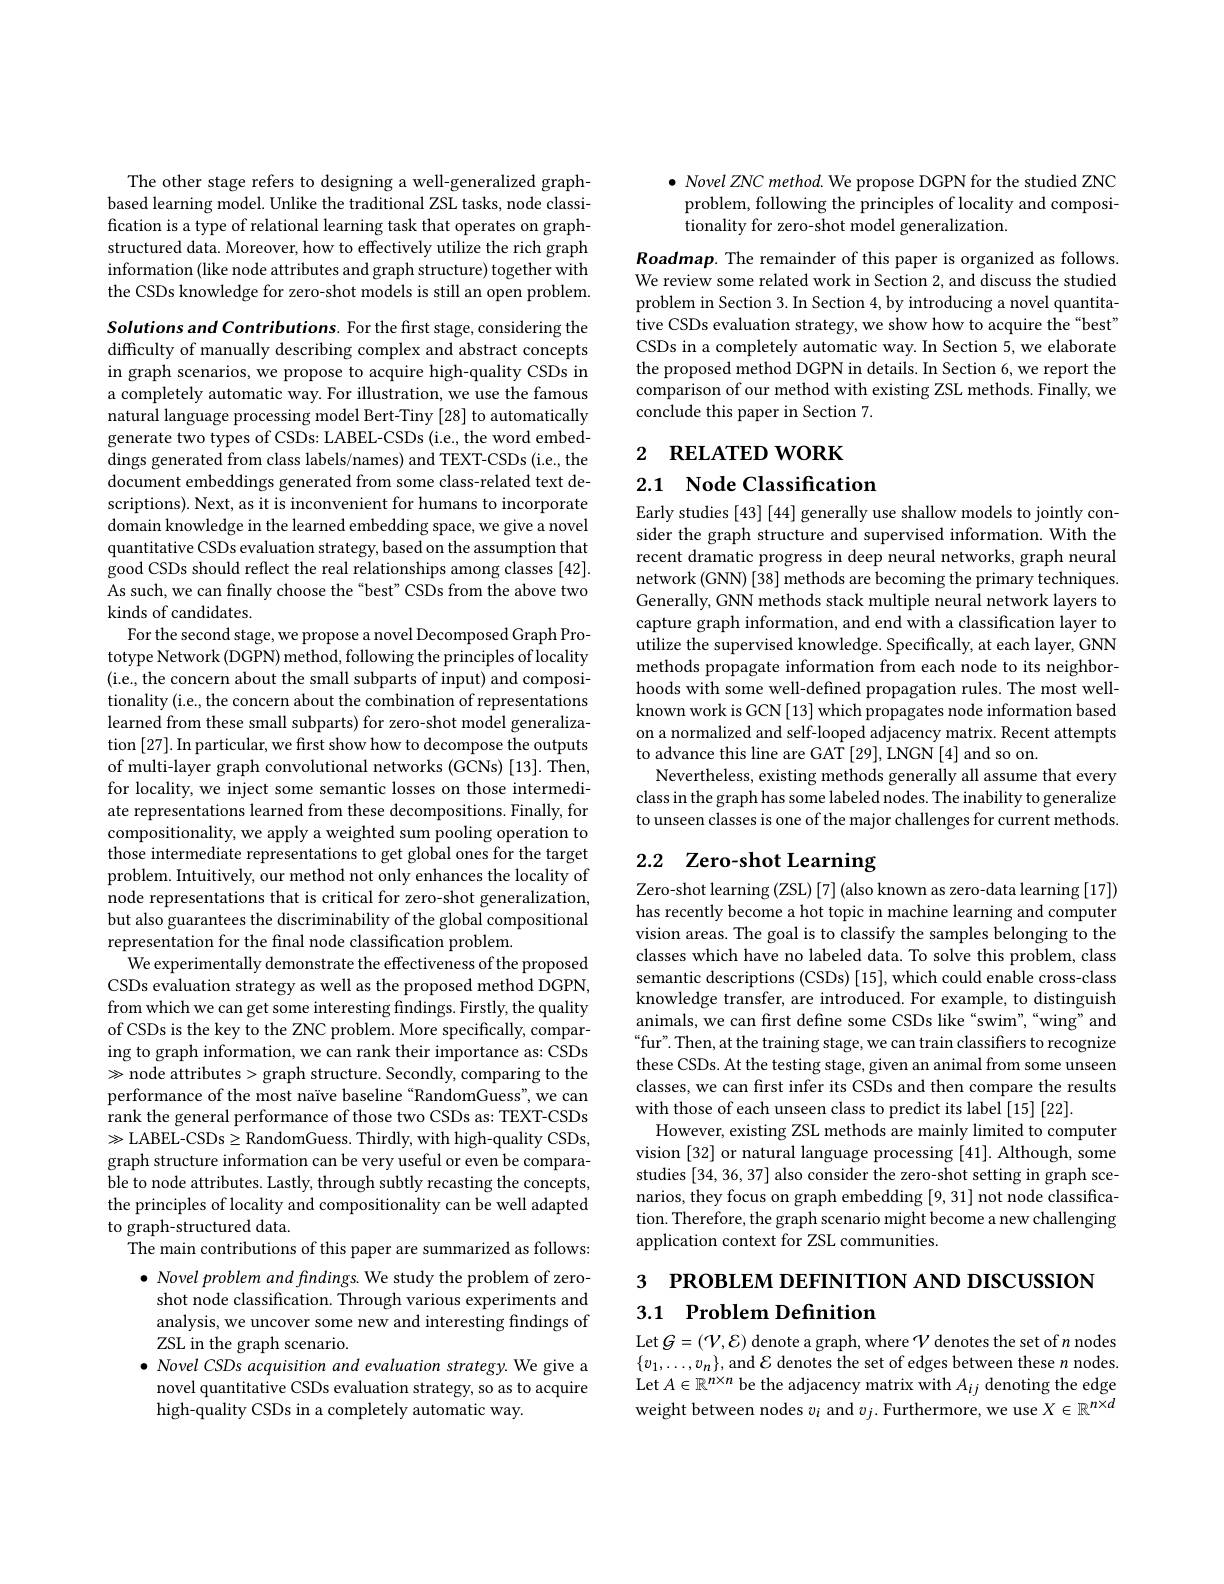
The other stage refers to designing a well-generalized graphbased learning model. Unlike the traditional ZSL tasks, node classification is a type of relational learning task that operates on graphstructured data. Moreover, how to effectively utilize the rich graph information (like node attributes and graph structure) together with the CSDs knowledge for zero-shot models is still an open problem.

Solutions and Contributions. For the frst stage, considering the difficulty of manually describing complex and abstract concepts in graph scenarios, we propose to acquire high-quality CSDs in a completely automatic way. For illustration, we use the famous natural language processing model Bert-Tiny [28] to automatically generate two types of CSDs: LABEL-CSDs (i.e., the word embeddings generated from class labels/names) and TEXT-CSDs (i.e., the document embeddings generated from some class-related text descriptions). Next, as it is inconvenient for humans to incorporate domain knowledge in the learned embedding space, we give a novel quantitative CSDs evaluation strategy, based on the assumption that good CSDs should reflect the real relationships among classes [42]. As such, we can finally choose the “best”CSDs from the above two kinds of candidates.
For the second stage, we propose a novel Decomposed Graph Prototype Network (DGPN) method, following the principles of locality (i.e., the concern about the small subparts of input) and compositionality (i.e., the concern about the combination of representations learned from these small subparts) for zero-shot model generalization [27]. In particular, we first show how to decompose the outputs of multi-layer graph convolutional networks (GCNs) [13]. Then, for locality, we inject some semantic losses on those intermediate representations learned from these decompositions. Finally, for compositionality, we apply a weighted sum pooling operation to those intermediate representations to get global ones for the target problem. Intuitively, our method not only enhances the locality of node representations that is critical for zero-shot generalization, but also guarantees the discriminability of the global compositional representation for the final node classification problem.
We experimentally demonstrate the effectiveness of the proposed CSDs evaluation strategy as well as the proposed method DGPN, from which we can get some interesting findings. Firstly, the quality of CSDs is the key to the ZNC problem. More specifically, comparing to graph information, we can rank their importance as: CSDs $\gg$node attributes>graph structure. Secondly, comparing to the performance of the most naïve baseline “RandomGuess", we can ${\mathrm{rank~the~general~performance~of~those~two~CSDs~as:~TEXT-CSDs}}$ $\gg$LABEL-CSDs$\geq$RandomGuess. Thirdly, with high-quality CSDs, graph structure information can be very useful or even be comparable to node attributes. Lastly, through subtly recasting the concepts, the principles of locality and compositionality can be well adapted to graph-structured data.
The main contributions of this paper are summarized as follows: $\bullet$ Novel problem and findings. We study the problem of zero-
shot node classification. Through various experiments and analysis, we uncover some new and interesting findings of ZSL in the graph scenario.
$\bullet$ Novel CSDs acquisition and evaluation strategy. We give a novel quantitative CSDs evaluation strategy, so as to acquire high-quality CSDs in a completely automatic way.

$\bullet$ Novel ZNC method. We propose DGPN for the studied ZNC problem, following the principles of locality and compositionality for zero-shot model generalization.

Roadmap. The remainder of this paper is organized as follows. We review some related work in Section 2, and discuss the studied problem in Section 3. In Section 4, by introducing a novel quantita- $\dot{\text{tive CSDs evaluation strategy, we show how to acquire the“best”}}$ CSDs in a completely automatic way. In Section 5, we elaborate the proposed method DGPN in details. In Section 6, we report the $\hat{\text{comparison of our method with existing ZSL methods. Finally, we}}$ conclude this paper in Section 7.

# 2 RELATED WORK

2.1 Node Classification

Early studies [43] [44] generally use shallow models to jointly consider the graph structure and supervised information. With the recent dramatic progress in deep neural networks, graph neural network (GNN) [38] methods are becoming the primary techniques. Generally, GNN methods stack multiple neural network layers to capture graph information, and end with a classification layer to utilize the supervised knowledge. Specifically, at each layer, GNN methods propagate information from each node to its neighborhoods with some well-defined propagation rules. The most wellknown work is GCN[13] which propagates node information based on a normalized and self-looped adjacency matrix. Recent attempts to advance this line are GAT [29], LNGN [4] and so on.
Nevertheless, existing methods generally all assume that every class in the graph has some labeled nodes. The inability to generalize to unseen classes is one of the major challenges for current methods.

# 2.2 Zero-shot Learning

Zero-shot learning (ZSL) [7] (also known as zero-data learning [17]) has recently become a hot topic in machine learning and computer vision areas. The goal is to classify the samples belonging to the classes which have no labeled data. To solve this problem, class semantic descriptions (CSDs) [15], which could enable cross-class knowledge transfer, are introduced. For example, to distinguish animals, we can frst define some CSDs like“swim",“wing”and “fur”. Then, at the training stage, we can train classifiers to recognize these CSDs. At the testing stage, given an animal from some unseen classes, we can frst infer its CSDs and then compare the results with those of each unseen class to predict its label [15] [22].
However, existing ZSL methods are mainly limited to computer vision [32] or natural language processing [41]. Although, some studies [34,36,37] also consider the zero-shot setting in graph scenarios, they focus on graph embedding [9, 31] not node classification. Therefore, the graph scenario might become a new challenging application context for ZSL communities.

# 3 РROВLEM DEFINITION AND DISCUSSION 3.1 Problem Definition

Let $G=(\mathcal{V},\mathcal{E})$ denote a graph, where $\mathcal{V}$ denotes the set of $n$ nodes $\{v_1,\ldots,v_n\}$, and $\mathcal{E}$ denotes the set of edges between these $n$ nodes Let $A\in\mathbb{R}^n\times n$ be the adjacency matrix with $A_ij$ denoting the edge weight between nodes $v_i$ and $v_j.$ Furthermore, we use $X\in\mathbb{R}^n\times d$